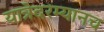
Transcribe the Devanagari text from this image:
यात्रेदरम्यानच